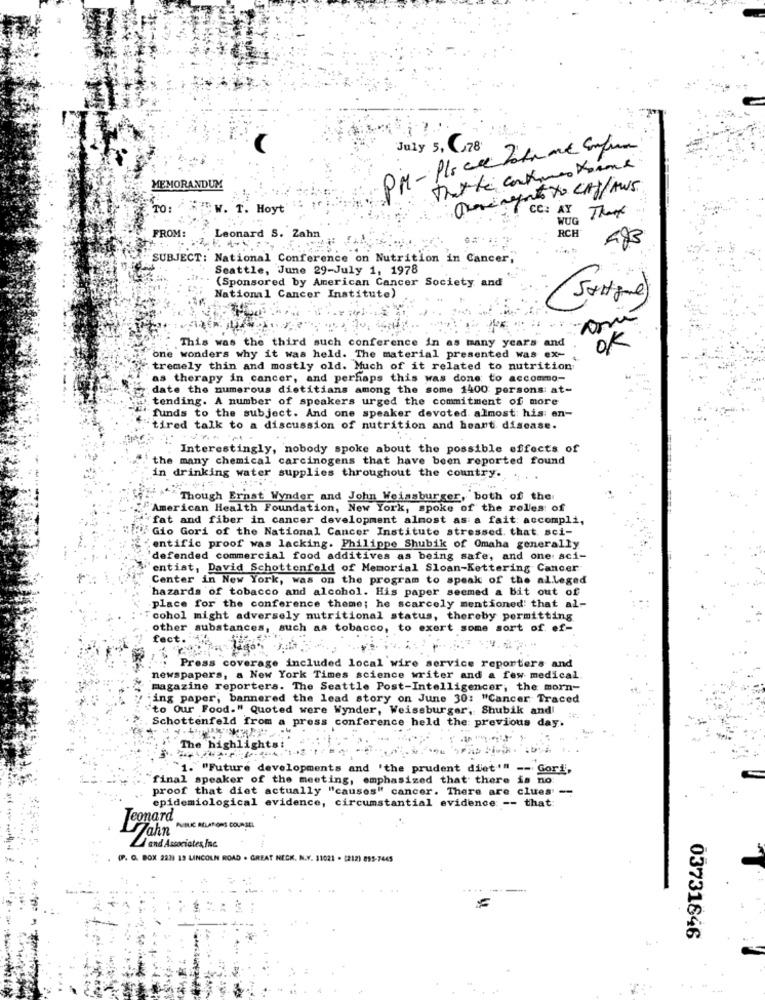
PM-Plo ce bola me Compu
July 5, 78
thatte contamos Keine
MEMORANDUM
TO:
T. Hoyt
CC: AY That
WUG
FROM:
RCH
Leonard S. Zahn
SUBJECT: National Conference on Nutrition in Cancer;
Seattle, June 29-July 1, 1978
(Sponsored by American Cancer Society and
National Cancer Institute)
This was the third such conference in as many years and
OK
one wonders why it was held. The material presented was ex-
tremely thin and mostly old. Much of it related to nutrition
as therapy in cancer, and perhaps this was done to accommo-
date the numerous dietitians among the some 1400 persons: at-
tending. A number of speakers urged the commitment of more
funds to the subject. And one speaker devoted almost: his: en-
tired talk to a discussion of nutrition and heart disease.
Interestingly, nobody spoke about the possible effects of
the many chemical carcinogens that have been reported found
in drinking water supplies throughout the country.
Though Ernst Wynder and John Weissburger, both of the
"American Health Foundation, New York, spoke of the rolles of
"fat and fiber in cancer development almost as a fait accompli,
: Gio Gori of the National Cancer Institute stressed that sci-
entific proof was lacking. Philippe Shubik of Omaha generally
defended commercial food additives as being safe, and one aci-
entist, David Schottenfeld of Memorial Sloan-Kettering Cancer
Center in New York, was on the program to speak of the alleged
hazards of tobacco and alcohol. His paper seemed a bit out of
place for the conference theme; he scarcely mentioned that al-
""cohol might adversely nutritional status, thereby permitting
other substances, such as tobacco, to exert some sort of ef-
fect.1
.:: Press coverage included local wire service reporters and
newspapers, a New York Times science writer and a few medical
magazine reporters. The Seattle Post-Intelligencer, the morn-
:ing paper, bannered the lead story on June 30: "Cancer Traced
"to Our Food." Quoted were Wynder, Weissburger, Shubik and!
Schottenfeld from a press conference held the previous day.
The highlights:
1. "Future developments and 'the prudent diet"" -- Gor!',
final speaker of the meeting, emphasized that there is no
proof that diet actually "causes" cancer. There are clues' --
epidemiological evidence, circumstantial evidence -- that:
Leonard
Jahn PUBLIC RELATIONS COUNSEL
4 and Associates Inc
(P. O. BOX 223) 13 LINCOLN ROAD . GREAT NECK. N.Y. 31021 . [212) 895-7445
03731646